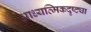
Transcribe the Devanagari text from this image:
आध्यत्मिकदृष्ट्या